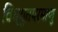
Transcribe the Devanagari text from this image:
विध्युतपरमाणु